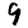
Digit: 9